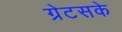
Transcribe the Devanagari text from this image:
ग्रेटसके